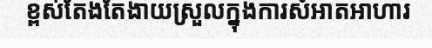
ខ្ពស់តែងតែងាយស្រួលក្នុងការសំអាតអាហារ